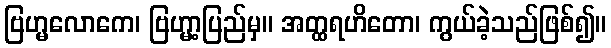
ဗြဟ္မလောကေ၊ ဗြဟ္မာ့ပြည်မှ။ အတ္ထရဟိတော၊ ကွယ်ခဲ့သည်ဖြစ်၍။